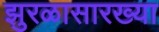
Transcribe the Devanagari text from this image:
झुरळासारख्या